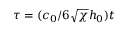
\tau = ( c _ { 0 } / 6 \sqrt { \chi } h _ { 0 } ) t